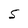
Character: s